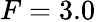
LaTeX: F=3.0